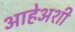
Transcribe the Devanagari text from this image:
आहेअशी